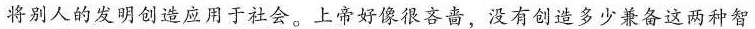
将别人的发明创造应用于社会。上帝好像很吝啬，没有创造多少兼备这两种智